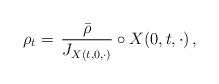
LaTeX: \begin{align*}\rho_t=\,\frac{\bar\rho}{J_{X(t,0,\cdot)}}\circ X(0,t,\cdot) \,,\end{align*}